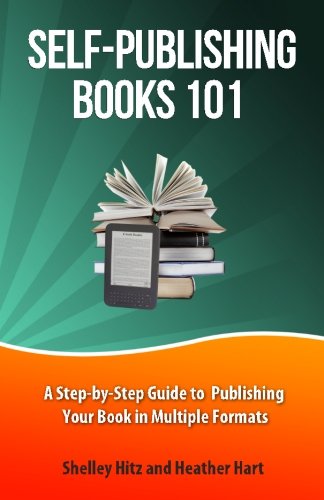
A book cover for Self-Publishing Books 101: A Step-by-Step Guide to Publishing Your Book in Multiple Formats (Author 101 Series) (Volume 1); Shelley Hitz; Business & Money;